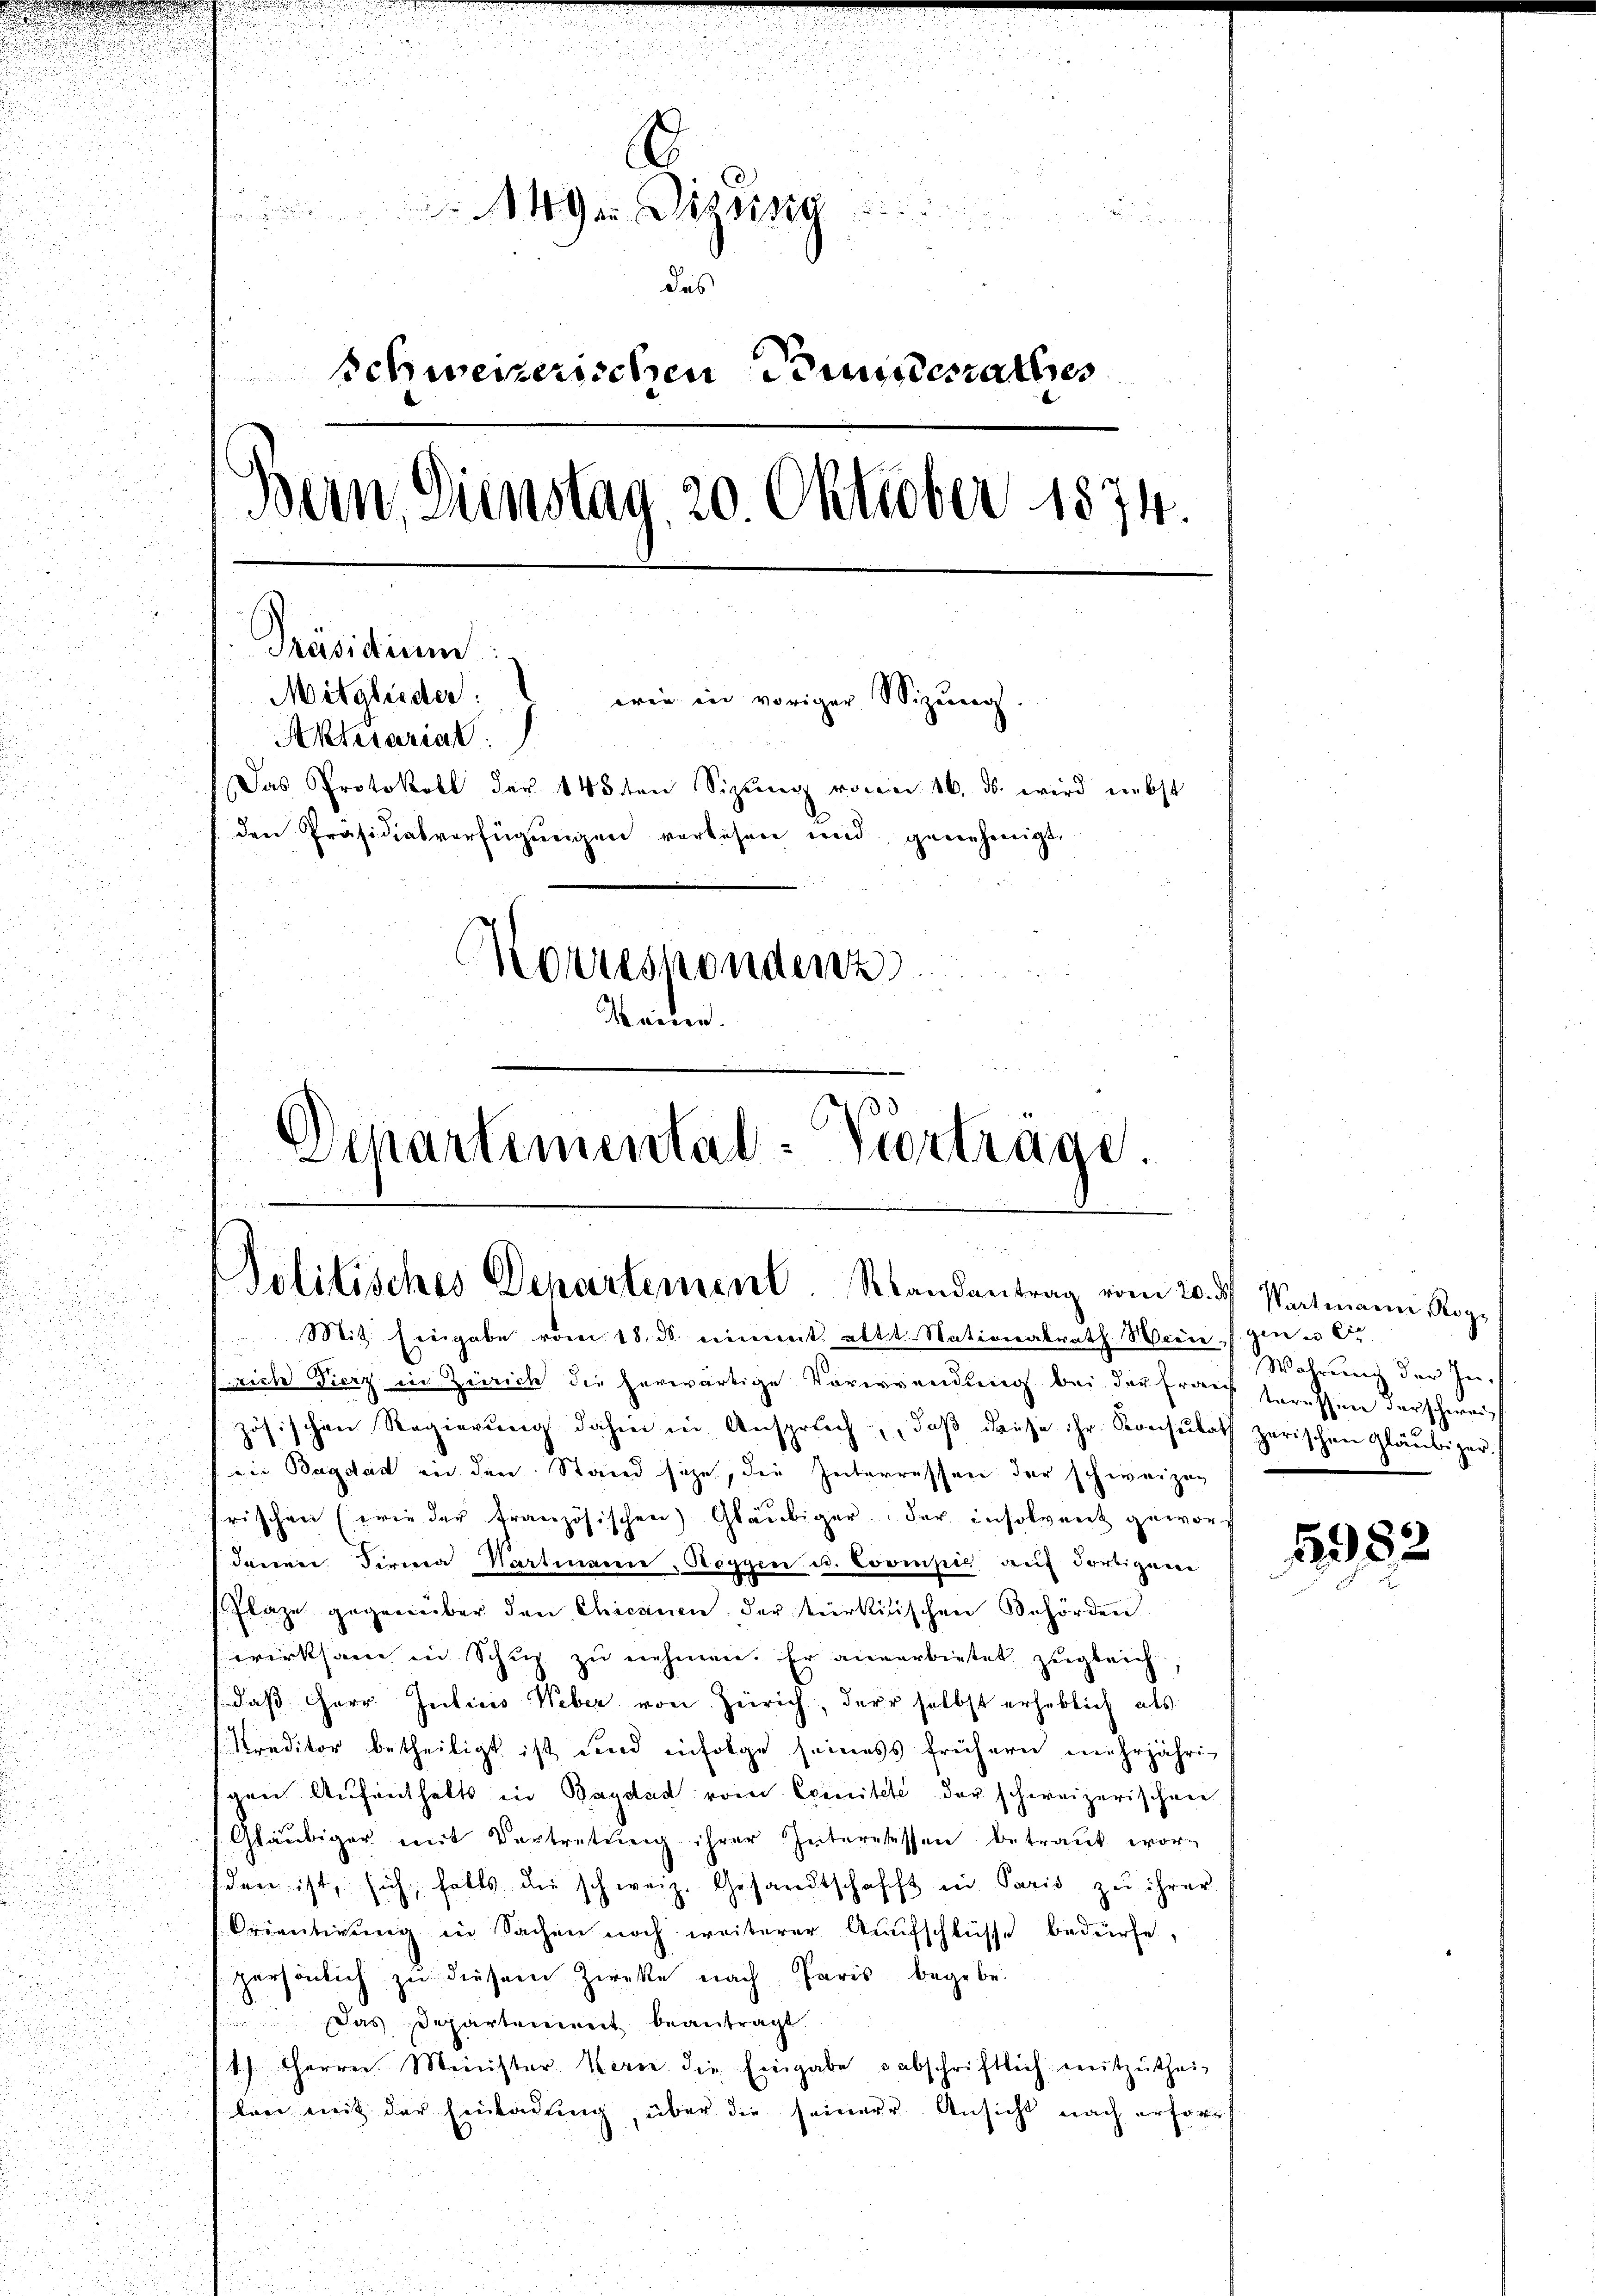
.

n

u
.
.
Ger Disting

des
schweizerischen Kindesrathes
Bein, Dienstag, 20. Oktober 1874.
i
Präsidium:
Mitglieder
wren in voriger Sizung.
Aktuariat
Das Protokoll der 145 ten Sizung von 16. ds. wird nebst
den Präsidialverfügungen verlesen und genehmigt.
Korrespondenz
Manne.
Schartemental-Vorträge.

Mit Eingabe vom 18. ds. einmit altt. Nationalrath Wien (gen u. Cir
.
sriche Vierz in Zürich die herwärtige Vorwendung bei der Frau teressen derschwei¬
u
zösischen Regierung dahin in Anspruch, daβ diese ihr Konsulath zerischen Gläubiger.
Die Bagdad in den Stand seze, die Interressen der schweizefrischen (wie der französischen Gläubiger der insolvent gewordenen Firma Hartmannie, Roggen u. Compis auf dortigen
Flaze gegenüber den Chiesinen der türkisischen Behörden
wirksame in Schuh zu nehmen. Er anverbietet zugleich,
daß Herr Julius Weber von Zürich, der selbst erheblich als
Kreditor betheiligt ist und infolge seines frühern mehrjährig
gen Aufenthalts in Baydat vom Coinitete der schweizerischen
Gläubiger mit Vertretŭng ihrer Interesessen betraut wor-
sden ist, sich, falls die schweiz. Gesandtschafft in Paris zu ihrer
Orientirung in Sachen noch weiterer Aufschlüsse bedürfe,
persönlich zu diesem Zirke nach Paris begebe.
 das Departement beantragt.
1) Herrn Minister Kern die Eingabe abschriftlich mitzŭthei-
len mit der Einladung, über die seiner Ansicht nach erforst

Politisches Departement. Randantrag vom 20. d. Wartmann Kop¬

Wahrung der In¬

1382